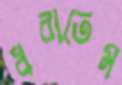
ধরাতেম